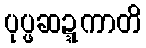
ပုပ္ဖဆဍ္ဍကာတိ